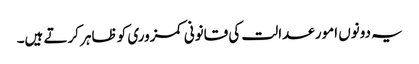
یہ دونوں امور عدالت کی قانونی کمزوری کو ظاہر کرتے ہیں۔